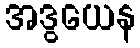
အဒွယေန